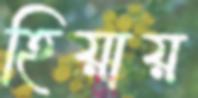
হিয়ায়